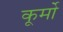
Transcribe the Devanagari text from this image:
कूर्मो